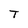
Character: T